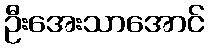
ဦးအေးသာအောင်